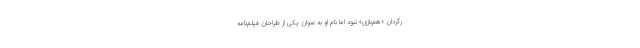
رگردان «هم‌بازی» نبود اما نام او به عنوان یکی از طراحان فیلم‌نامه